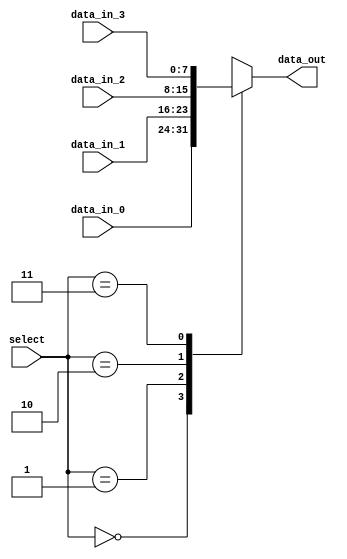
module multiplexer (
    input [7:0] data_in_0,
    input [7:0] data_in_1,
    input [7:0] data_in_2,
    input [7:0] data_in_3,
    input [1:0] select,
    output reg [7:0] data_out
    );

    always @* begin
        case (select)
            2'b00: data_out = data_in_0;
            2'b01: data_out = data_in_1;
            2'b10: data_out = data_in_2;
            2'b11: data_out = data_in_3;
        endcase
    end
    
endmodule